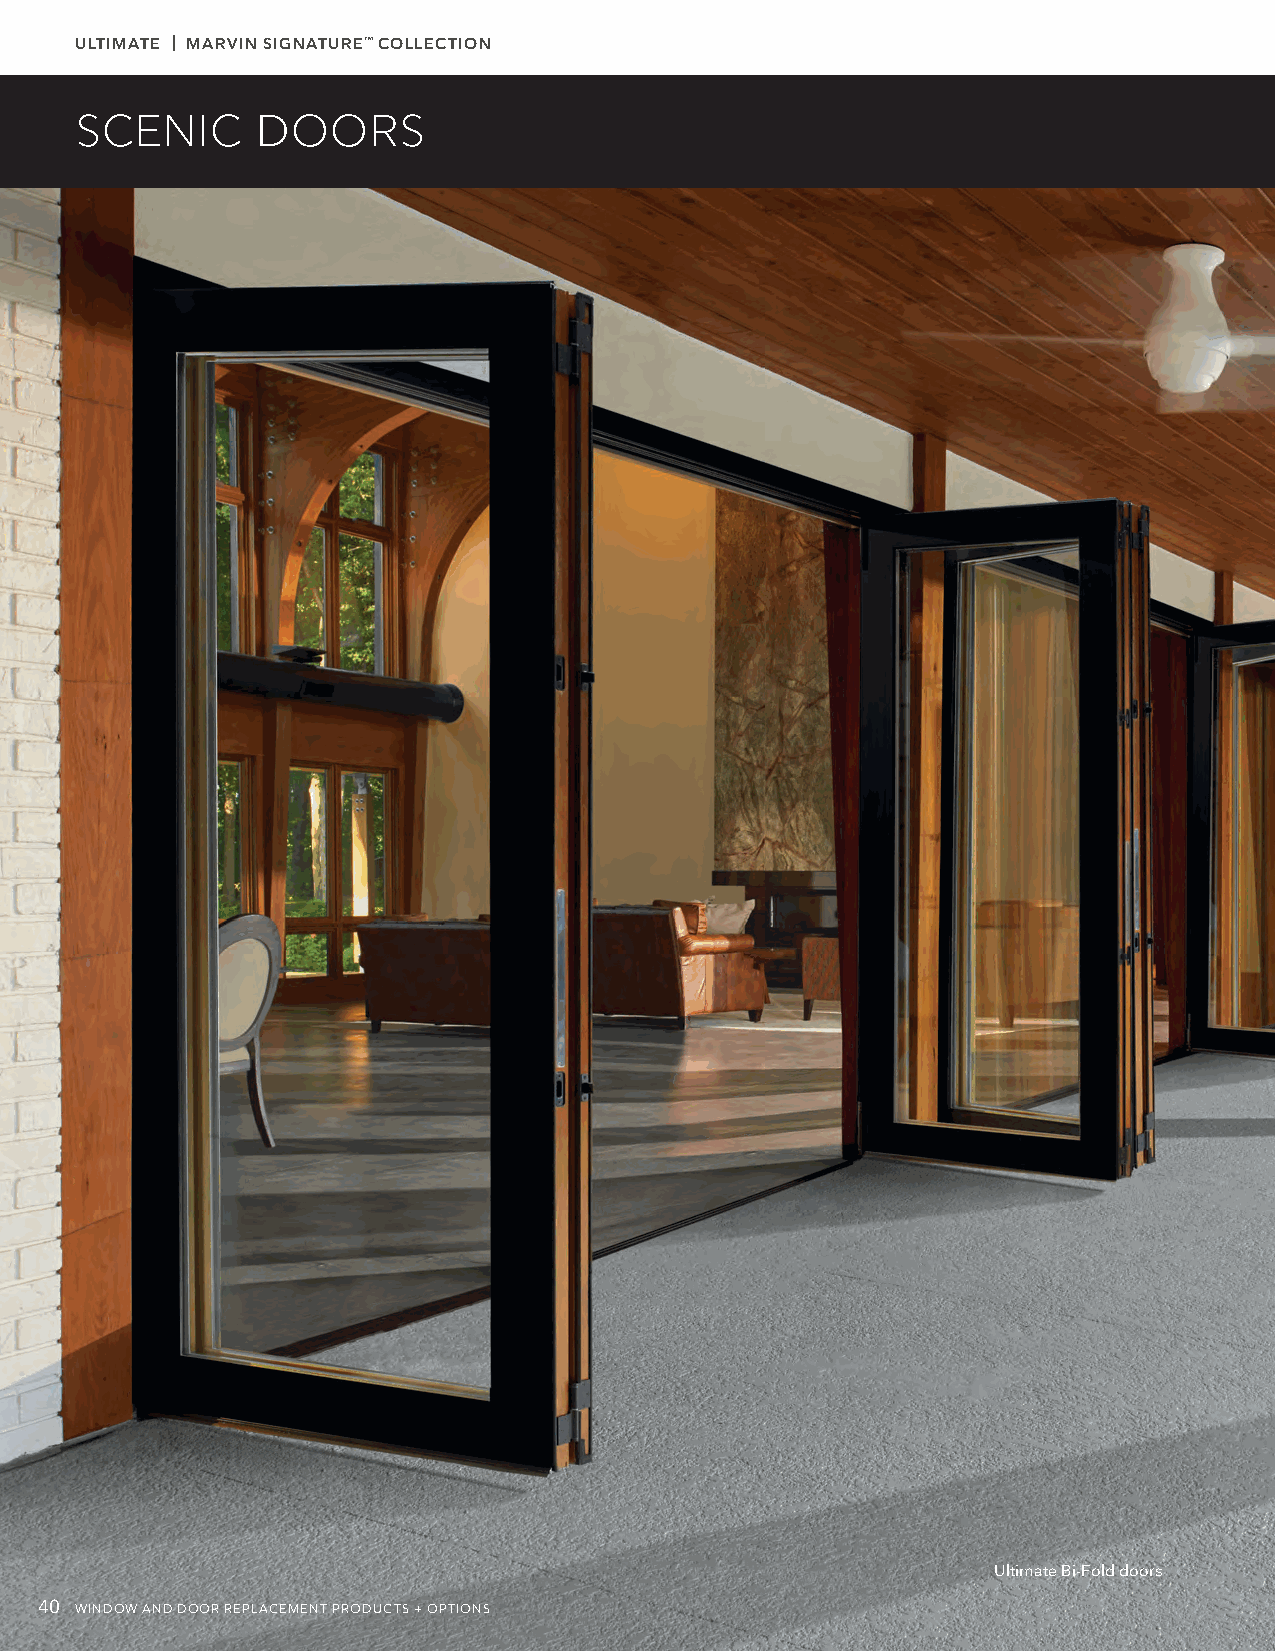
ULTIMATE | MARVIN SIGNATURE™ COLLECTION
 SCENIC      DOORS
 Ultimate Bi-Fold doors
 40 WINDOW AND DOOR REPLACEMENT PRODUCTS + OPTIONS